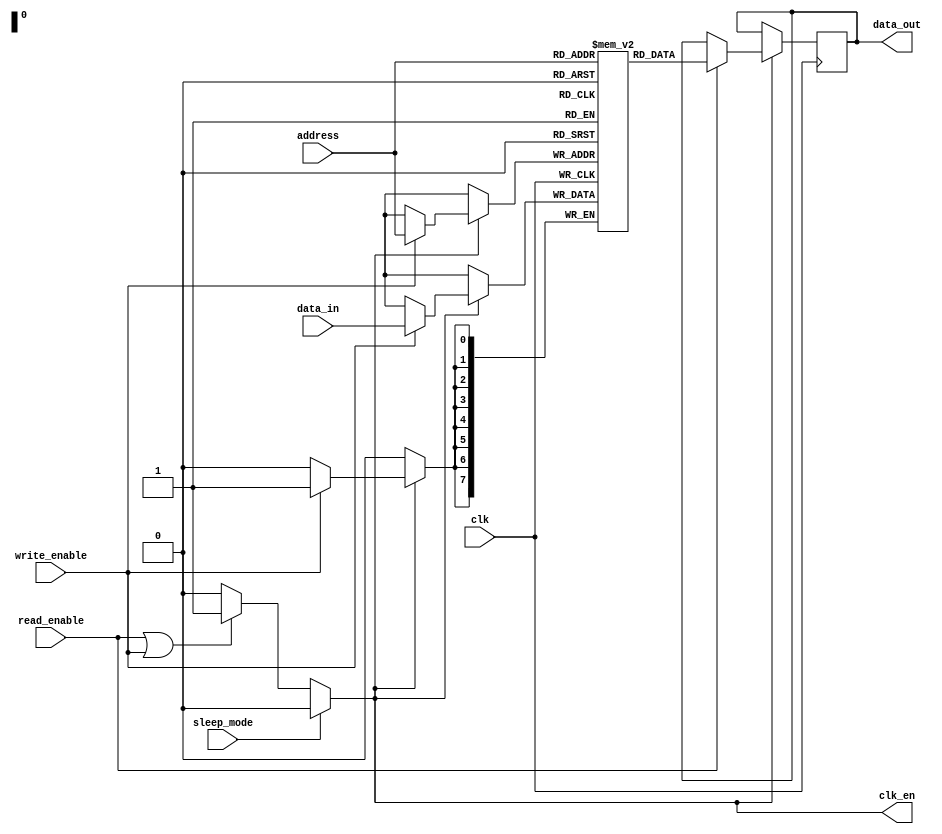
module memory_block (
    input wire clk,               // Main clock signal
    input wire read_enable,       // Read enable signal
    input wire write_enable,      // Write enable signal
    input wire sleep_mode,        // Sleep mode signal
    input wire [7:0] address,     // Address for memory access
    input wire [7:0] data_in,     // Data input for write operations
    output reg [7:0] data_out,    // Data output for read operations
    output reg clk_en             // Clock enable signal
);

    // Memory array (8-bit wide, 256-depth)
    reg [7:0] memory_array [0:255];

    // Clock gating logic
    always @(*) begin
        if (sleep_mode) begin
            clk_en = 1'b0; // Disable clock in sleep mode
        end else if (read_enable || write_enable) begin
            clk_en = 1'b1; // Enable clock during read/write operations
        end else begin
            clk_en = 1'b0; // Disable clock when idle
        end
    end

    // Memory operations
    always @(posedge clk) begin
        if (clk_en) begin
            if (write_enable) begin
                memory_array[address] <= data_in; // Write operation
            end
            if (read_enable) begin
                data_out <= memory_array[address]; // Read operation
            end
        end
    end

endmodule